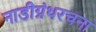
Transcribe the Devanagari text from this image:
नाडीग्रंथरचना